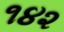
૧૪૨